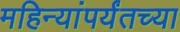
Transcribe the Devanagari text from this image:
महिन्यांपर्यंतच्या